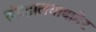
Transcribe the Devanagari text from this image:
संग्रहालयाबाहेर